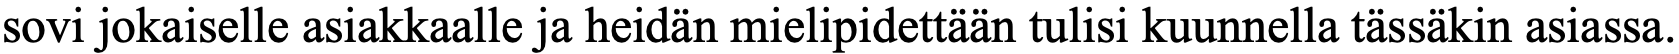
sovi jokaiselle asiakkaalle ja heidän mielipidettään tulisi kuunnella tässäkin asiassa.